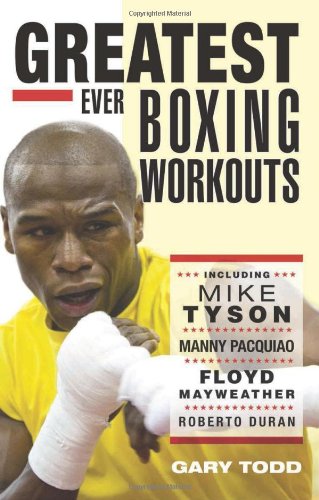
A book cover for Greatest Ever Boxing Workouts; Gary Todd; Biographies & Memoirs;